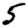
Digit: 5